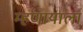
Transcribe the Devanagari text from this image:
म्हणायाला